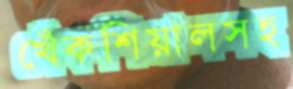
খেঁকশিয়ালসহ